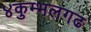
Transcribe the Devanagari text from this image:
४कुम्भलगढ